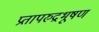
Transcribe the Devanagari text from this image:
प्रतापरुद्रभूषण